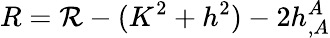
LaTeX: R={\cal R}-(K^{2}+h^{2})-2h_{,A}^{A}